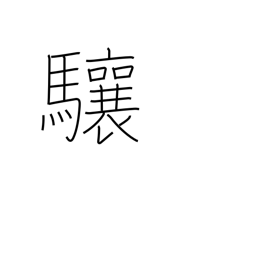
Meaning: lift one's head